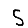
Digit: 5